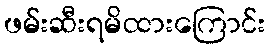
ဖမ်းဆီးရမိထားကြောင်း